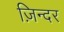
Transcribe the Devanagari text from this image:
ज़िन्दर